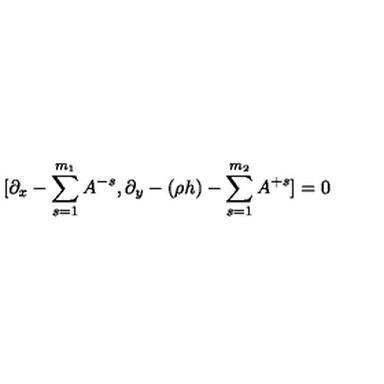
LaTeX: [ \partial _ { x } - \sum _ { s = 1 } ^ { m _ { 1 } } A ^ { - s } , \partial _ { y } - ( \rho h ) - \sum _ { s = 1 } ^ { m _ { 2 } } A ^ { + s } ] = 0